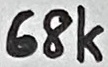
Text: 68K